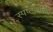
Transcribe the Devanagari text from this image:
स्पष्टार्थबोध